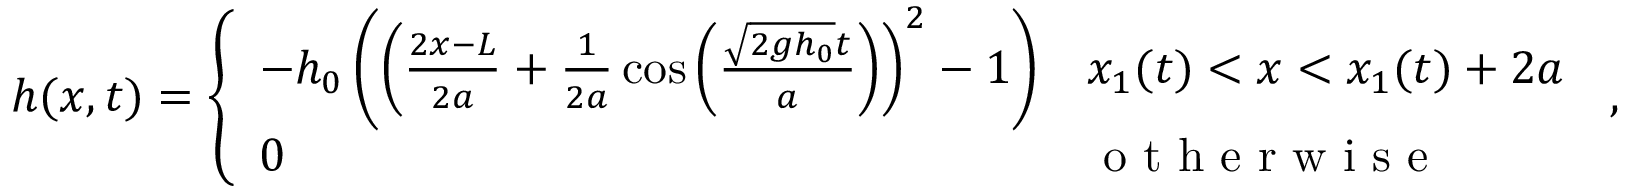
h ( x , t ) = \left\{ \begin{array} { l l } { - h _ { 0 } \left( \left( \frac { 2 x - L } { 2 a } + \frac { 1 } { 2 a } \cos \left( \frac { \sqrt { 2 g h _ { 0 } } t } { a } \right) \right) ^ { 2 } - 1 \right) } & { x _ { 1 } ( t ) < x < x _ { 1 } ( t ) + 2 a } \\ { 0 } & { \mathrm { ~ o ~ t ~ h ~ e ~ r ~ w ~ i ~ s ~ e ~ } } \end{array} \right. \, ,